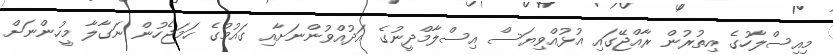
މިއިސްލާހުގެ އިތުރުން ރާއްޖޭގައި އުޅުއްވިޔަސް އިސްލާމްދީނުގެ އަދުއްވުންނަށާއި ގައުމުގެ ހަމަޖެހުން ނަގާލާ މީހުންނަށް